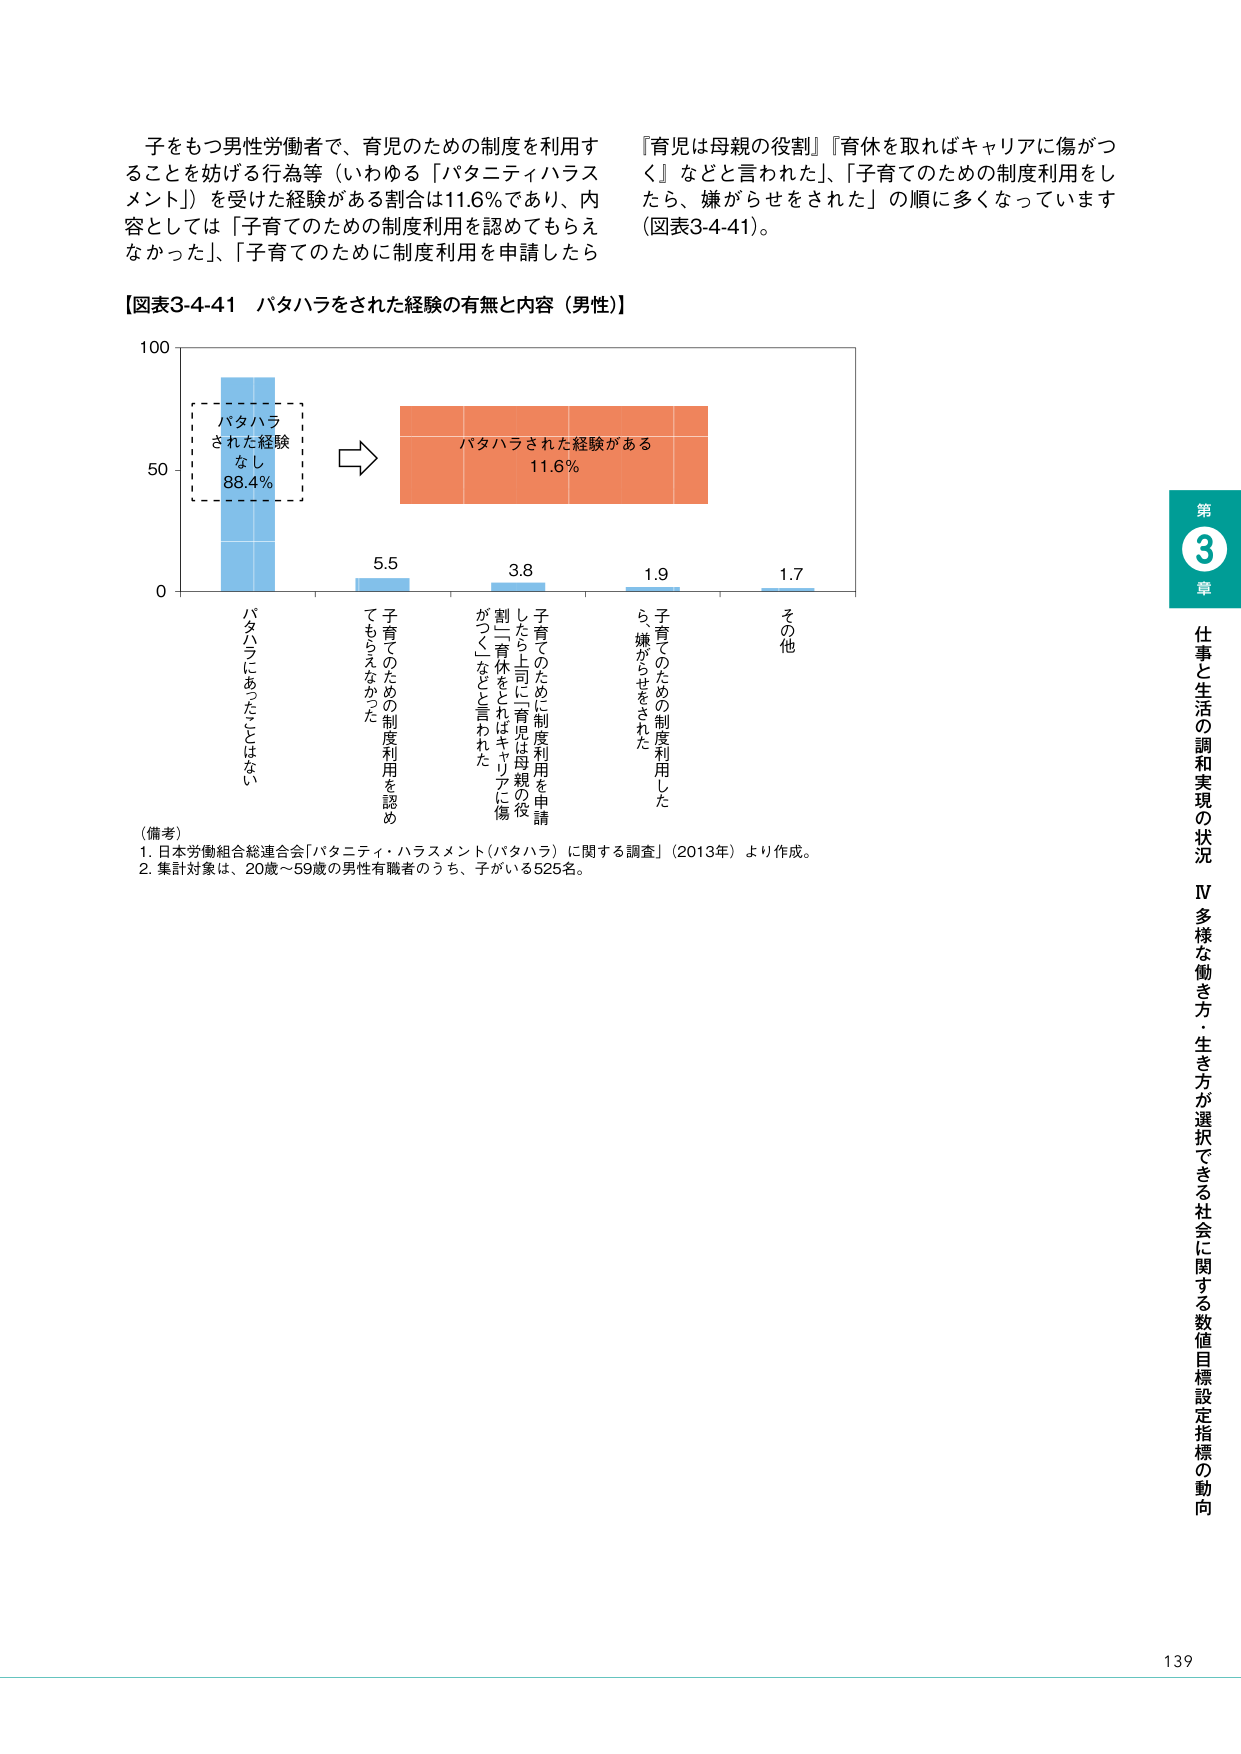
子をもつ男性労働者で、育児のための制度を利用することを妨げる行為等（いわゆる「パタニティハラスメント」）を受けた経験がある割合は11.6％であり、内容としては「子育てのための制度利用を認めてもらえなかった」、「子育てのために制度利用を申請したら『育児は母親の役割』『育休を取ればキャリアに傷がつく』などと言われた」、「子育てのための制度利用をしたら、嫌がらせをされた」の順に多くなっています（図表3-4-41）。

【図表3-4-41 パタハラをされた経験の有無と内容（男性）】

100
50
0

バタハラ
された経験
なし
88.4%

→
バタハラされた経験がある
11.6%

5.5
3.8
1.9
1.7

バタハラにあったことはない
子育てのための制度利用を認めてももらえなかった
子育てのために制度利用を申請したら上司に「育児は母親の役割」「育休をとればキャリアに傷がつく」などと言われた
子育てのための制度利用をしたら、嫌がらせをされた
その他

（備考）
1. 日本労働組合総連合会「パタニティ・ハラスメント（パタハラ）に関する調査」（2013年）より作成。
2. 集計対象は、20歳～59歳の男性有職者のうち、子がいる525名。

第
3
章
仕事と生活の調和実現の状況
Ⅳ 多様な働き方・生き方が選択できる社会に関する数値目標設定指標の動向

139